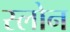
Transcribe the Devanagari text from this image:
स्‍लोन